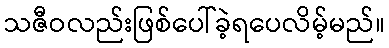
သဇီဝလည်းဖြစ်ပေါ်ခဲ့ရပေလိမ့်မည်။